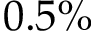
0 . 5 \%